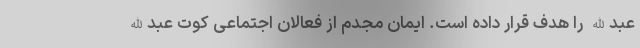
عبدالله را هدف قرار داده است. ایمان مجدم از فعالان اجتماعی کوت عبدالله